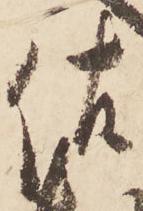
佐